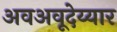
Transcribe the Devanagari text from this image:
अवअवूदेय्यार